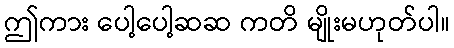
ဤကား ပေါ့ပေါ့ဆဆ ကတိ မျိုးမဟုတ်ပါ။